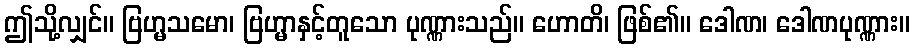
ဤသို့လျှင်။ ဗြဟ္မသမော၊ ဗြဟ္မာနှင့်တူသော ပုဏ္ဏားသည်။ ဟောတိ၊ ဖြစ်၏။ ဒေါဏ၊ ဒေါဏပုဏ္ဏား။